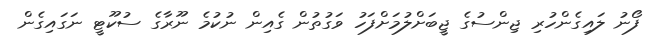
ފޯނު ލައިގެންހުރި ޖިންސުގެ ޖީބަށްލުމަށްފަހު ވަގުތުން ގެއިން ނުކުމެ ނޫރާގެ ސުކޫޓީ ނަގައިގެން